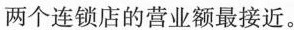
两个连锁店的营业额最接近。